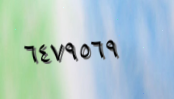
٦٤٧٩٥٦٩